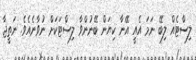
ލިސްޓެއް ލިބޭ ނަމަ އެއީ އޭނާ ކިޔަން ބޭނުންވާ ލިސްޓަކަށް ނުވާނެއެވެ. ނަތީޖާ